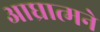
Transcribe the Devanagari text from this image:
आघ्रात्मने